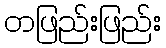
တဖြည်းဖြည်း